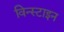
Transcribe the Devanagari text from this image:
विन्स्टाइन